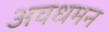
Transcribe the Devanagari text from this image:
अवधमन